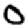
Digit: 0